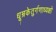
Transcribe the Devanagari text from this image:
धूम्रकेतुर्गणाध्यक्षो